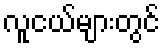
လူငယ်များတွင်